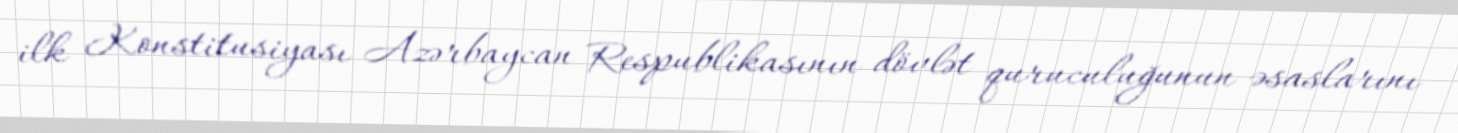
ilk Konstitusiyası Azərbaycan Respublikasının dövlət quruculuğunun əsaslarını